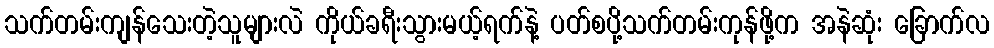
သက်တမ်းကျန်သေးတဲ့သူများလဲ ကိုယ်ခရီးသွားမယ့်ရက်နဲ့ ပတ်စပို့သက်တမ်းကုန်ဖို့က အနဲဆုံး ခြောက်လ